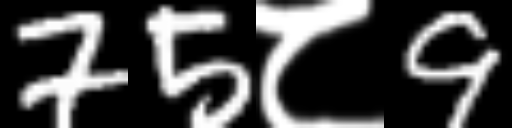
Text: 75८9